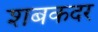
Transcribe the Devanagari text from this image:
शबकदर